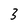
Character: 3